Tezpur Lunatic Asylum reports 1877-1894 - 1877-1894
Year: 1877
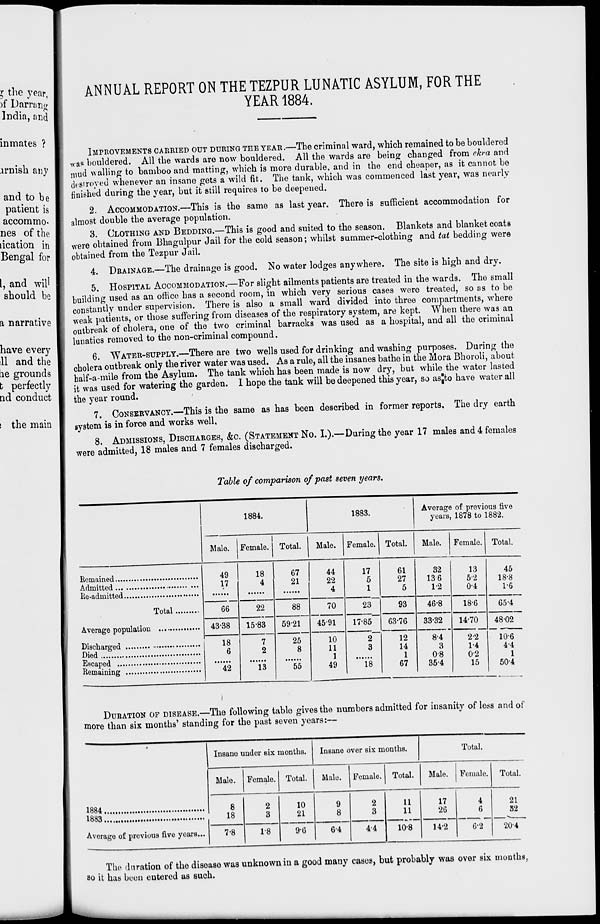
ANNUAL REPORT ON THE TEZPUR LUNATIC ASYLUM, FOR THE
YEAR 1884.
and to be
patient is
accommo-
nes of the
dcation in
Bengal for
1, and will
should be
a narrative
have every
11 and the
le grounds
t perfectly
nd conduct
i the main
IMPROVEMENTS CARRIED OUT DURING THE YEAR .—The criminal ward, which remained to be bouldered
waa bouldered. All the wards are now bouldered. All the wards are being changed from ekra and
mud walling to bamboo and matting, which is more durable, and in the end cheaper, as it cannot be
destroyed whenever an insane gets a wild fit. The tank, which was commenced last year, was nearly
finished during the year, but it still requires to be deepened.
2. ACCOMMODATION.—This is the same as last year. There is sufficient accommodation for
almost double the average population.
3. CLOTHING AND BEDDING.—This is good and suited to the season. Blankets and blanket coats
were obtained from Bhagulpur Jail for the cold season; whilst summer-clothing and tat bedding were
obtained from the Tezpur Jail.
4. DRAINAGE.—The drainage is good. No water lodges anywhere. The site is high and dry.
5. HOSPITAL ACCOMMODATION.—For slight ailments patients are treated in the wards. The small
building used as an office has a second room, in which very serious cases were treated, so as to be
constantly under supervision. There is also a small ward divided into three compartments, where
weak patients, or those suffering from diseases of the respiratory system, are kept. When there was an
outbreak of cholera, one of the two criminal barracks was used as a hospital, and all the criminal
lunatics removed to the non-criminal compound.
6. WATER-SUPPLY.—There are two wells used for drinking and washing purposes. During the
cholera outbreak only the river water was used. As a rule, all the insanes bathe in the Mora Bhoroli, about
half-a-mile from the Asylum. The tank which has been made is now dry, but while the water lasted
it was used for watering the garden. I hope the tank will be deepened this year, so asjjto have water all
the year round.
7. CONSERVANCY.—This is the same as has been described in former reports. The dry earth
system is in force and works well.
8. ADMISSIONS, DISCHARGES, &C. (STATEMENT NO. I.).—During the year 17 males and 4 females
were admitted, 18 males and 7 females discharged.
Table of comparison of past seven years.
1884.
1883.
Average of previous five
years, 1878 to 1882.
Male. Female. Total.
Male. Female. Total.
Male. Female. Total.
49
17
18
4
67
21
44
22
4
17
5
1
61
27
5
32
136
1-2
13
52
04
45
18-8
1-6
Total
66
22
1583
88
70
23
93
46-8
18-6
65-4
43-38
5921
45-91
17-85
63-76
33-32
14-70
48-02
Died
18
6
42
7
2
13
25
8
55
10
11
1
49
2~
3
18
12
14
1
67
8-4
3
08
35-4
2-2
1-4
0-2
15
10-6
4-4
1
50-4
DURATION OF DISEASE.—The following table gives the numbers admitted for insanity of less and of
more than six months' standing for the past seven years:—
Insane under six months.
Insane over six months.
Total.
Malo. Female. Total.
Male. Female. Total.
Malo. Female. Total.
1884
8
18
2
3
10
21
9
8
2
3
11
11
10-8
17
26
4
6
21
1883
32
Average of previous five years...
7-8
1-8
9-6
64
44
14-2
6-2
204
The duration of the disease was unknown in a good many cases, but probably was over six mouths,
so it has been cutered as such.